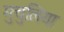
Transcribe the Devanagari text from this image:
मुचुलिया